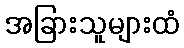
အခြားသူများထံ